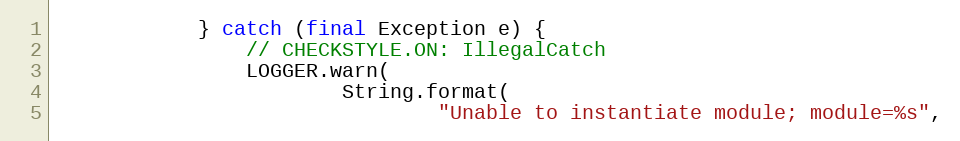
Language: Java
            } catch (final Exception e) {
                // CHECKSTYLE.ON: IllegalCatch
                LOGGER.warn(
                        String.format(
                                "Unable to instantiate module; module=%s",